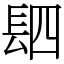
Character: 䦉